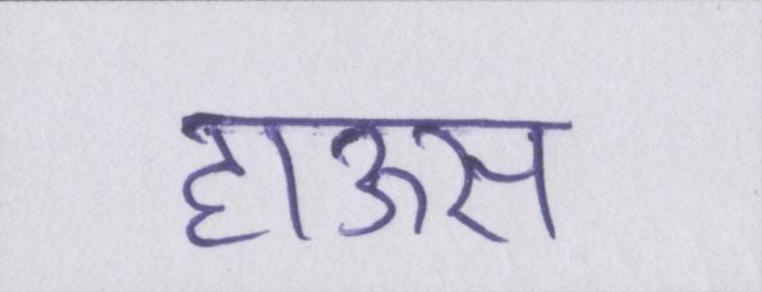
हाऊस